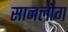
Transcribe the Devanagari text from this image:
सानलोग